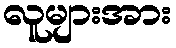
လူများအား